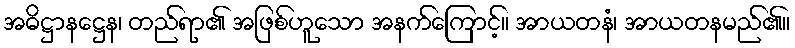
အဓိဋ္ဌာနဋ္ဌေန၊ တည်ရာ၏ အဖြစ်ဟူသော အနက်ကြောင့်။ အာယတနံ၊ အာယတနမည်၏။